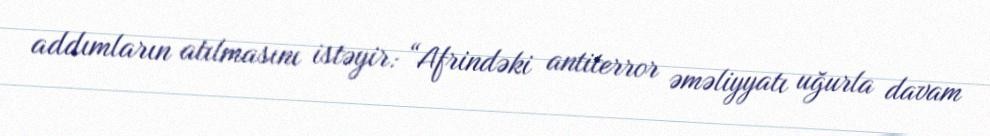
addımların atılmasını istəyir: “Afrindəki antiterror əməliyyatı uğurla davam